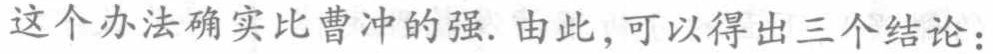
这个办法确实比曹冲的强. 由此,可以得出三个结论：